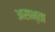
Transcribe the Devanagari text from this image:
असभ्ता